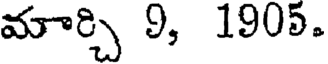
మార్చి 9, 1905.